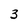
Character: 3